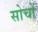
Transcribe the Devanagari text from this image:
सोचों